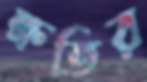
ক্ষতির